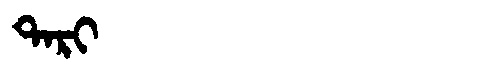
Manchu: ᡨᠠᡵᡳ
Romanization: TARI